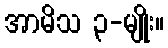
အာမိသ ၃-မျိုး။